Code of medical and sanitary regulations for the guidance of medical officers serving in the Madras Presidency - Volume II
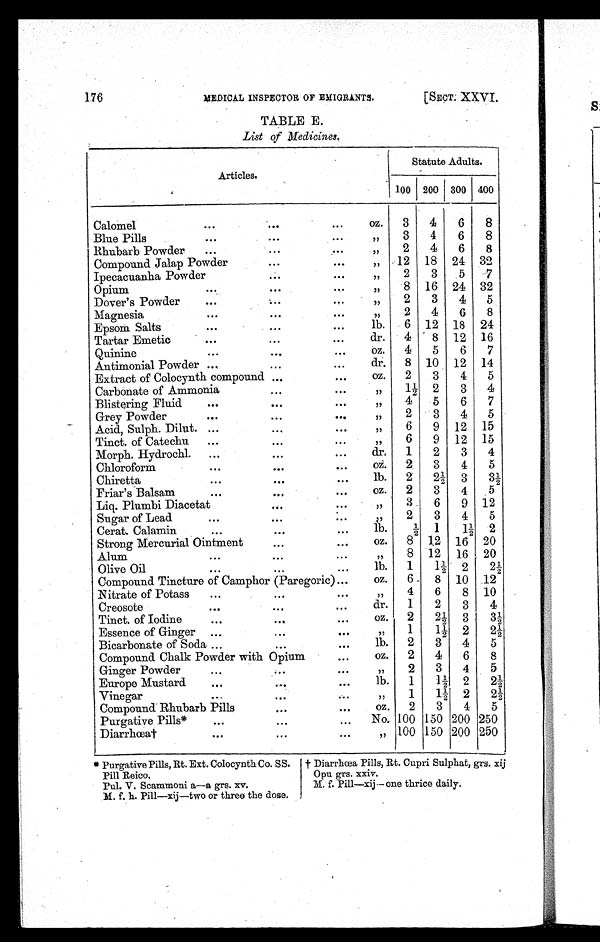
176
MEDICAL INSPECTOR OF EMIGRANTS.
[SECT. XXVI.
TABLE E.
List of Medicines.
Articles.
Statute Adults.
100 200 300 400
Calomel
...
...
. . . oz.
3
4
6
8
Blue Pills
...
. . .
. . .
„ 3
4
6
8
Rhubarb Powder
...
. . .
...
„ 2
4
6
8
Compound Jalap Powder
. . .
. . .
„ 12 18 24 32
Ipecacuanha Powder
. . .
. . .
„ 2
3
5
7
Opium
...
. . .
. . .
„ 8 16 24 32
Dover's Powder
...
...
...
„ 2
3
4
5
Magnesia
...
. . .
. . .
„ 2
4
6
8
Epsom Salts
...
. . .
. . . lb.
6 12 18 24
Tartar Emetic
...
. . .
. . . dr.
4
8 12 16
Quinine
...
...
. . . oz.
4
5
6
7
Antimonial Powder ...
. . .
. . . dr.
8 10 12 14
Extract of Colocynth compound ...
. . . oz.
2
3
4
5
Carbonate of Ammonia
. . .
. . .
„ 1½ 2
3
4
Blistering Fluid
...
...
. . .
„ 4
5
6
7
Grey Powder
...
. . .
. . .
„ 2
3
4
5
Acid, Sulph. Dilut. ...
. . .
. . .
„ 6
9 12 15
Tinct. of Catechu
...
. . .
. . .
„ 6
9 12 15
Morph. Hydrochl.
...
...
. . . dr.
1
2
3
4
Chloroform
...
. . .
...
oz.
2
3
4
5
Chiretta
...
...
. . . lb.
2
2½ 3
3½
Friar's Balsam
...
. . .
. . . oz.
2
3
4
5
Liq. Plumbi Diacetat
. . .
. . .
„ 3
6
9 12
Sugar of Lead
...
. . .
. . .
„ 2
3
4
5
Cerat. Calamin
...
. . .
. . . lb.
½ 1
1½ 2
Strong Mercurial Ointment
. . .
. . . oz.
8 12 16 20
Alum
...
. . .
. . .
„ 8 12 16 20
Olive Oil
...
. . .
. . . lb.
1
4 2
2½
Compound Tincture of Camphor (Paregoric) ...
oz.
6
8 10 12
Nitrate of Potass
...
. . .
. . .
„ 4
6
8 10
Creosote
...
. . .
. . . dr.
1
2
3
4
Tinct. of Iodine
...
. . .
. . . oz.
2
2½ 3
3½
Essence of Ginger ...
. . .
. . .
„ 1
1½ 2
2½
Bicarbonate of Soda ...
. . .
. . . lb.
2
3
4
5
Compound Chalk Powder with Opium
...
oz.
2
4
6
8
Ginger Powder
...
...
. . .
„ 2
3
4
5
Europe Mustard
...
. . .
. . . lb.
1
1½ 2
2½
Vinegar
...
. . .
. . .
„ 1
1½ 2
2½
Compound Rhubarb Pills
. . .
...
oz.
2
3
4
5
Purgative Pills*
...
. . .
. . . No. 100 150 200 250
Diarrhœa†
...
. . .
. . .
„ 100 150 200 250
* Purgative Pills, Rt. Ext. Colocynth Co. SS.
Pill Reico.
Pul. V. Scammoni a—a grs. xv.
M. f. h. Pill—xij—two or three the dose.
† Diarrhœa Pills, Rt. Cupri Sulphat, grs. xij
Opu grs. xxiv.
M. f. Pill—xij— one thrice daily.